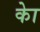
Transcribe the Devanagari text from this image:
काेे